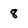
Character: 8